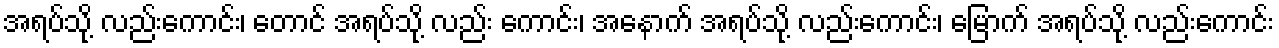
အရပ်သို့ လည်းကောင်း၊ တောင် အရပ်သို့ လည်း ကောင်း၊ အနောက် အရပ်သို့ လည်းကောင်း၊ မြောက် အရပ်သို့ လည်းကောင်း